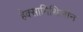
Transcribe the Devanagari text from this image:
हेक्सामिथिलीन